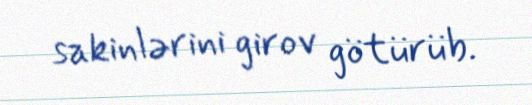
sakinlərini girov götürüb.